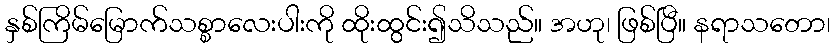
နှစ်ကြိမ်မြောက်သစ္စာလေးပါးကို ထိုးထွင်း၍သိသည်။ အဟု၊ ဖြစ်ပြီ။ နရာသတော၊